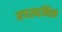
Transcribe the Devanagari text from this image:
अपस्थनिक